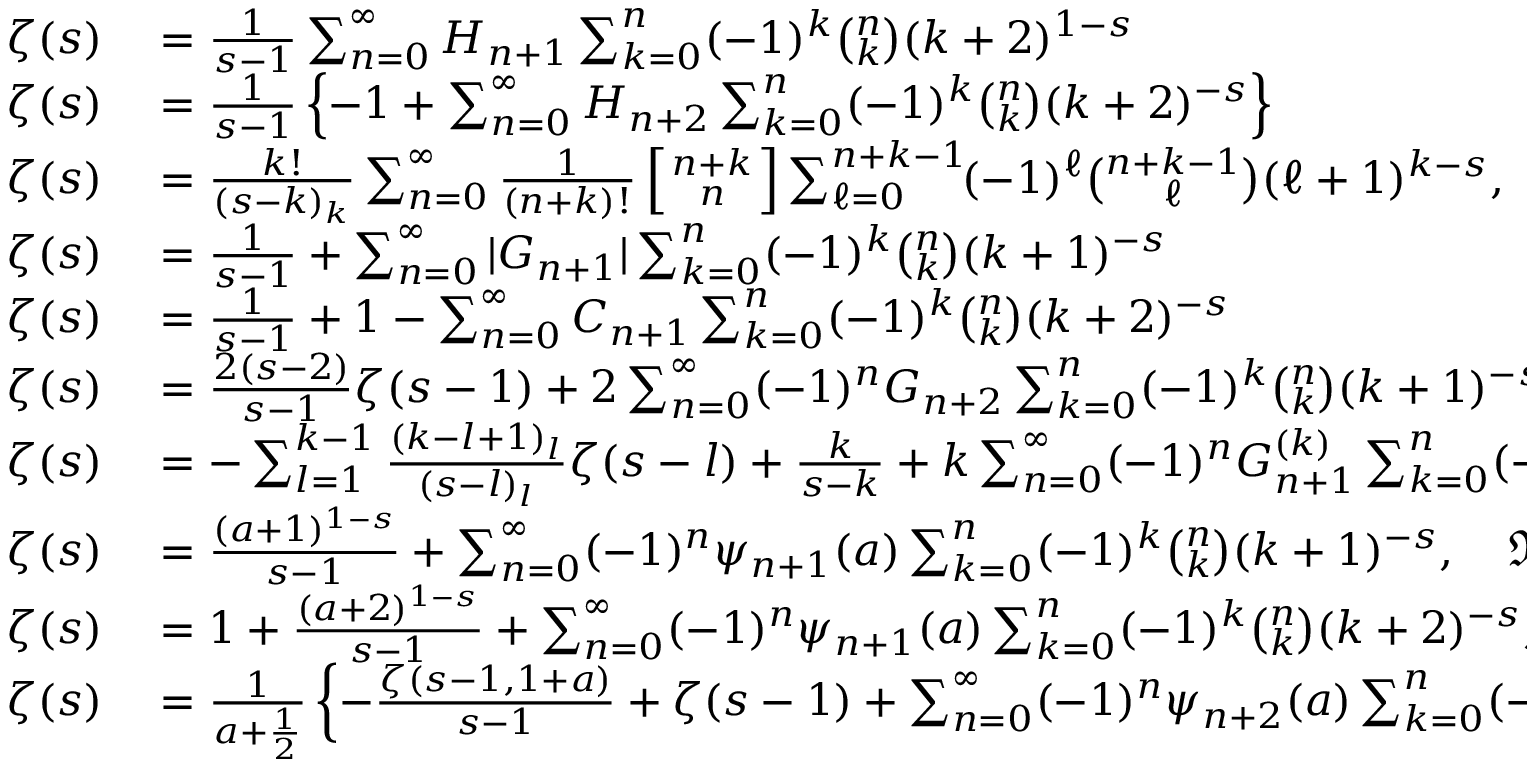
\begin{array} { r l } { \zeta ( s ) } & { { } = { \frac { 1 } { s - 1 } } \sum _ { n = 0 } ^ { \infty } H _ { n + 1 } \sum _ { k = 0 } ^ { n } ( - 1 ) ^ { k } { \binom { n } { k } } ( k + 2 ) ^ { 1 - s } } \\ { \zeta ( s ) } & { { } = { \frac { 1 } { s - 1 } } \left\{ - 1 + \sum _ { n = 0 } ^ { \infty } H _ { n + 2 } \sum _ { k = 0 } ^ { n } ( - 1 ) ^ { k } { \binom { n } { k } } ( k + 2 ) ^ { - s } \right\} } \\ { \zeta ( s ) } & { { } = { \frac { k ! } { ( s - k ) _ { k } } } \sum _ { n = 0 } ^ { \infty } { \frac { 1 } { ( n + k ) ! } } \left[ { n + k \atop n } \right] \sum _ { \ell = 0 } ^ { n + k - 1 } \! ( - 1 ) ^ { \ell } { \binom { n + k - 1 } { \ell } } ( \ell + 1 ) ^ { k - s } , \quad k = 1 , 2 , 3 , \ldots } \\ { \zeta ( s ) } & { { } = { \frac { 1 } { s - 1 } } + \sum _ { n = 0 } ^ { \infty } | G _ { n + 1 } | \sum _ { k = 0 } ^ { n } ( - 1 ) ^ { k } { \binom { n } { k } } ( k + 1 ) ^ { - s } } \\ { \zeta ( s ) } & { { } = { \frac { 1 } { s - 1 } } + 1 - \sum _ { n = 0 } ^ { \infty } C _ { n + 1 } \sum _ { k = 0 } ^ { n } ( - 1 ) ^ { k } { \binom { n } { k } } ( k + 2 ) ^ { - s } } \\ { \zeta ( s ) } & { { } = { \frac { 2 ( s - 2 ) } { s - 1 } } \zeta ( s - 1 ) + 2 \sum _ { n = 0 } ^ { \infty } ( - 1 ) ^ { n } G _ { n + 2 } \sum _ { k = 0 } ^ { n } ( - 1 ) ^ { k } { \binom { n } { k } } ( k + 1 ) ^ { - s } } \\ { \zeta ( s ) } & { { } = - \sum _ { l = 1 } ^ { k - 1 } { \frac { ( k - l + 1 ) _ { l } } { ( s - l ) _ { l } } } \zeta ( s - l ) + { \frac { k } { s - k } } + k \sum _ { n = 0 } ^ { \infty } ( - 1 ) ^ { n } G _ { n + 1 } ^ { ( k ) } \sum _ { k = 0 } ^ { n } ( - 1 ) ^ { k } { \binom { n } { k } } ( k + 1 ) ^ { - s } } \\ { \zeta ( s ) } & { { } = { \frac { ( a + 1 ) ^ { 1 - s } } { s - 1 } } + \sum _ { n = 0 } ^ { \infty } ( - 1 ) ^ { n } \psi _ { n + 1 } ( a ) \sum _ { k = 0 } ^ { n } ( - 1 ) ^ { k } { \binom { n } { k } } ( k + 1 ) ^ { - s } , \quad \Re ( a ) > - 1 } \\ { \zeta ( s ) } & { { } = 1 + { \frac { ( a + 2 ) ^ { 1 - s } } { s - 1 } } + \sum _ { n = 0 } ^ { \infty } ( - 1 ) ^ { n } \psi _ { n + 1 } ( a ) \sum _ { k = 0 } ^ { n } ( - 1 ) ^ { k } { \binom { n } { k } } ( k + 2 ) ^ { - s } , \quad \Re ( a ) > - 1 } \\ { \zeta ( s ) } & { { } = { \frac { 1 } { a + { \frac { 1 } { 2 } } } } \left\{ - { \frac { \zeta ( s - 1 , 1 + a ) } { s - 1 } } + \zeta ( s - 1 ) + \sum _ { n = 0 } ^ { \infty } ( - 1 ) ^ { n } \psi _ { n + 2 } ( a ) \sum _ { k = 0 } ^ { n } ( - 1 ) ^ { k } { \binom { n } { k } } ( k + 1 ) ^ { - s } \right\} , \quad \Re ( a ) > - 1 } \end{array}